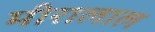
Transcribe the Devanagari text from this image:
मीरालाल